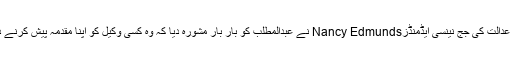
تاہم عدالت کی جج نینسی ایڈمنڈزNancy Edmunds نے عبدالمطلب کو بار بار مشورہ دیا کہ وہ کسی وکیل کو اپنا مقدمہ پیش کرنے دے۔